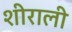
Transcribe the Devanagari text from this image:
शीराली